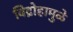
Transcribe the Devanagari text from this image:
विद्रोहामुळे